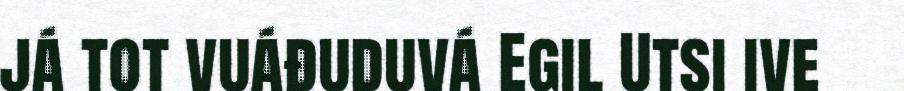
já tot vuáđuduvá Egil Utsi ive